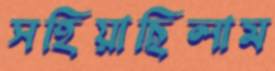
সহিয়াছিলাম